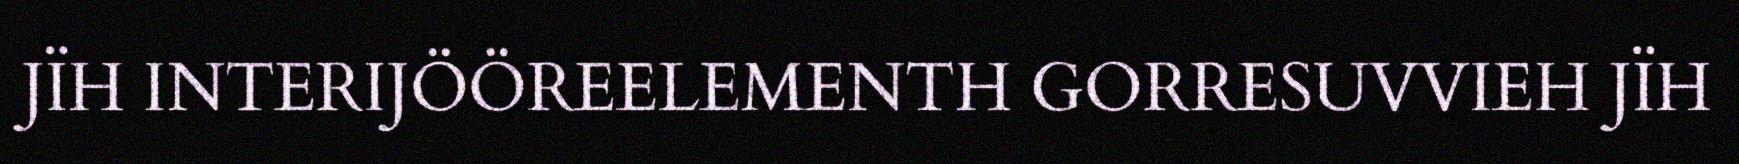
JÏH INTERIJÖÖREELEMENTH GORRESUVVIEH JÏH